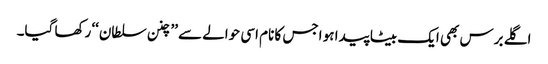
اگلے برس بھی ایک بیٹا پیدا ہو اجس کا نام اسی حوالے سے ’’چنن سلطان‘‘ رکھا گیا۔